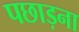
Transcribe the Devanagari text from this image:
पछाड़ना